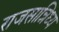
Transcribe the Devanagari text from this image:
राजसान्निध्य